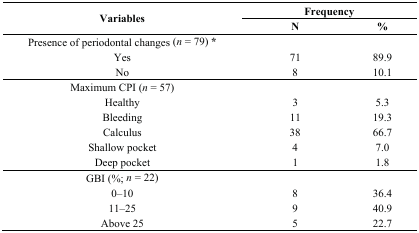
<table><thead><tr><td rowspan="2"><b>Variables</b></td><td colspan="2"><b>Frequency</b></td></tr><tr><td><b>N</b></td><td><b>%</b></td></tr></thead><tbody><tr><td>Presence of periodontal changes (<i>n</i> = 79) *</td><td></td><td></td></tr><tr><td>Yes</td><td>71</td><td>89.9</td></tr><tr><td>No</td><td>8</td><td>10.1</td></tr><tr><td>Maximum CPI (<i>n</i> = 57)</td><td></td><td></td></tr><tr><td>Healthy</td><td>3</td><td>5.3</td></tr><tr><td>Bleeding</td><td>11</td><td>19.3</td></tr><tr><td>Calculus</td><td>38</td><td>66.7</td></tr><tr><td>Shallow pocket</td><td>4</td><td>7.0</td></tr><tr><td>Deep pocket</td><td>1</td><td>1.8</td></tr><tr><td>GBI (%; <i>n</i> = 22)</td><td></td><td></td></tr><tr><td>0–10</td><td>8</td><td>36.4</td></tr><tr><td>11–25</td><td>9</td><td>40.9</td></tr><tr><td>Above 25</td><td>5</td><td>22.7</td></tr></tbody></table>